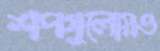
শপগুলোয়ও